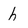
Character: h